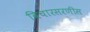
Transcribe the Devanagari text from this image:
विचारसरणीस